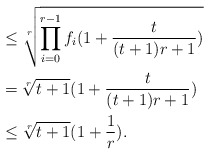
\begin{align*}&\leq \sqrt[r]{\prod_{i=0}^{r-1}f_i(1+\frac{t}{(t+1)r+1})}\\&=\sqrt[r]{t+1}(1+\frac{t}{(t+1)r+1})\\&\leq \sqrt[r]{t+1}(1+\frac{1}{r}).\end{align*}